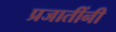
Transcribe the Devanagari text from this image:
प्रजातींनी